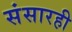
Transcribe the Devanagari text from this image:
संसारही